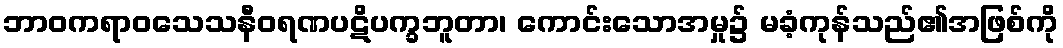
ဘာဝကရာဝသေသနီဝရဏပဋိပက္ခဘူတာ၊ ကောင်းသောအမှု၌ မခံ့ကုန်သည်၏အဖြစ်ကို